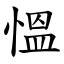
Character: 慍